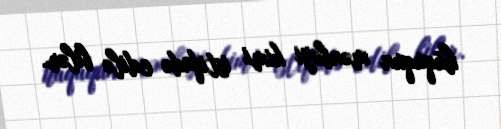
hüququn mənbəyi kimi istifadə edilə bilər.